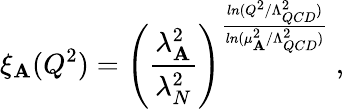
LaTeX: \xi_{\mathbf{A}}(Q^{2})=\left(\frac{{\lambda_{\mathbf{A}}^{2}}}{{\lambda_{N}^{2}}}\right)^{\frac{{ln(Q^{2}/\Lambda_{QCD}^{2})}}{{ln(\mu_{\mathbf{A}}^{2}/\Lambda_{QCD}^{2})}}}~,